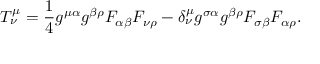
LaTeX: { \cal T } _ { \nu } ^ { \mu } = \frac { 1 } { 4 } g ^ { \mu \alpha } g ^ { \beta \rho } F _ { \alpha \beta } F _ { \nu \rho } - \delta _ { \nu } ^ { \mu } g ^ { \sigma \alpha } g ^ { \beta \rho } F _ { \sigma \beta } F _ { \alpha \rho } .